Civil Veterinary Dept. Bombay admin report 1900-1906 - 1900-1906
Year: 1900
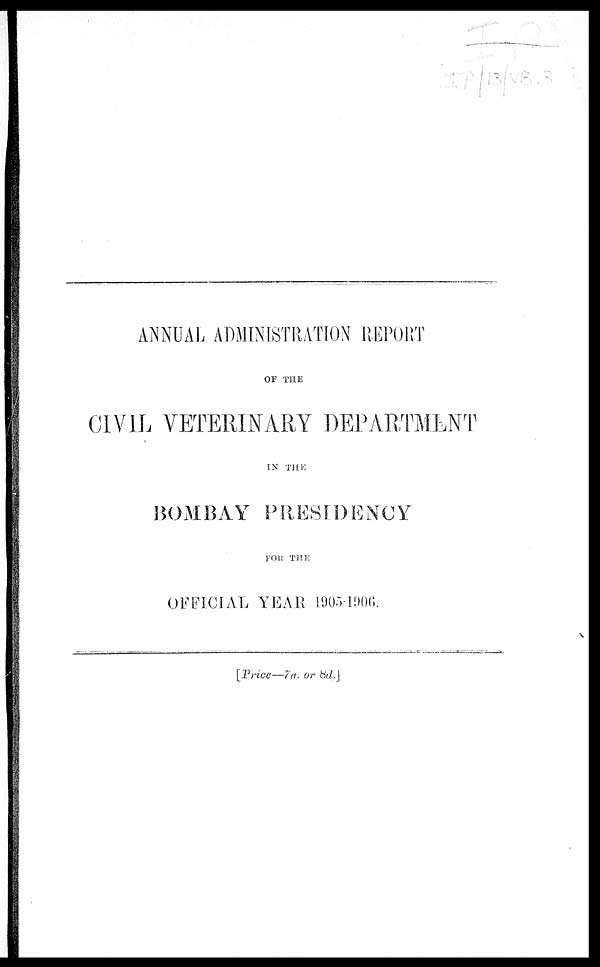
ANNUAL ADMINISTRATION REPORT
OF THE
CIVIL VETERINARY DEPARTMENT
IN THE
BOMBAY PRESIDENCY
FOR THE
OFFICIAL YEAR 1905-1906.
[Price—7a. or 8d.]